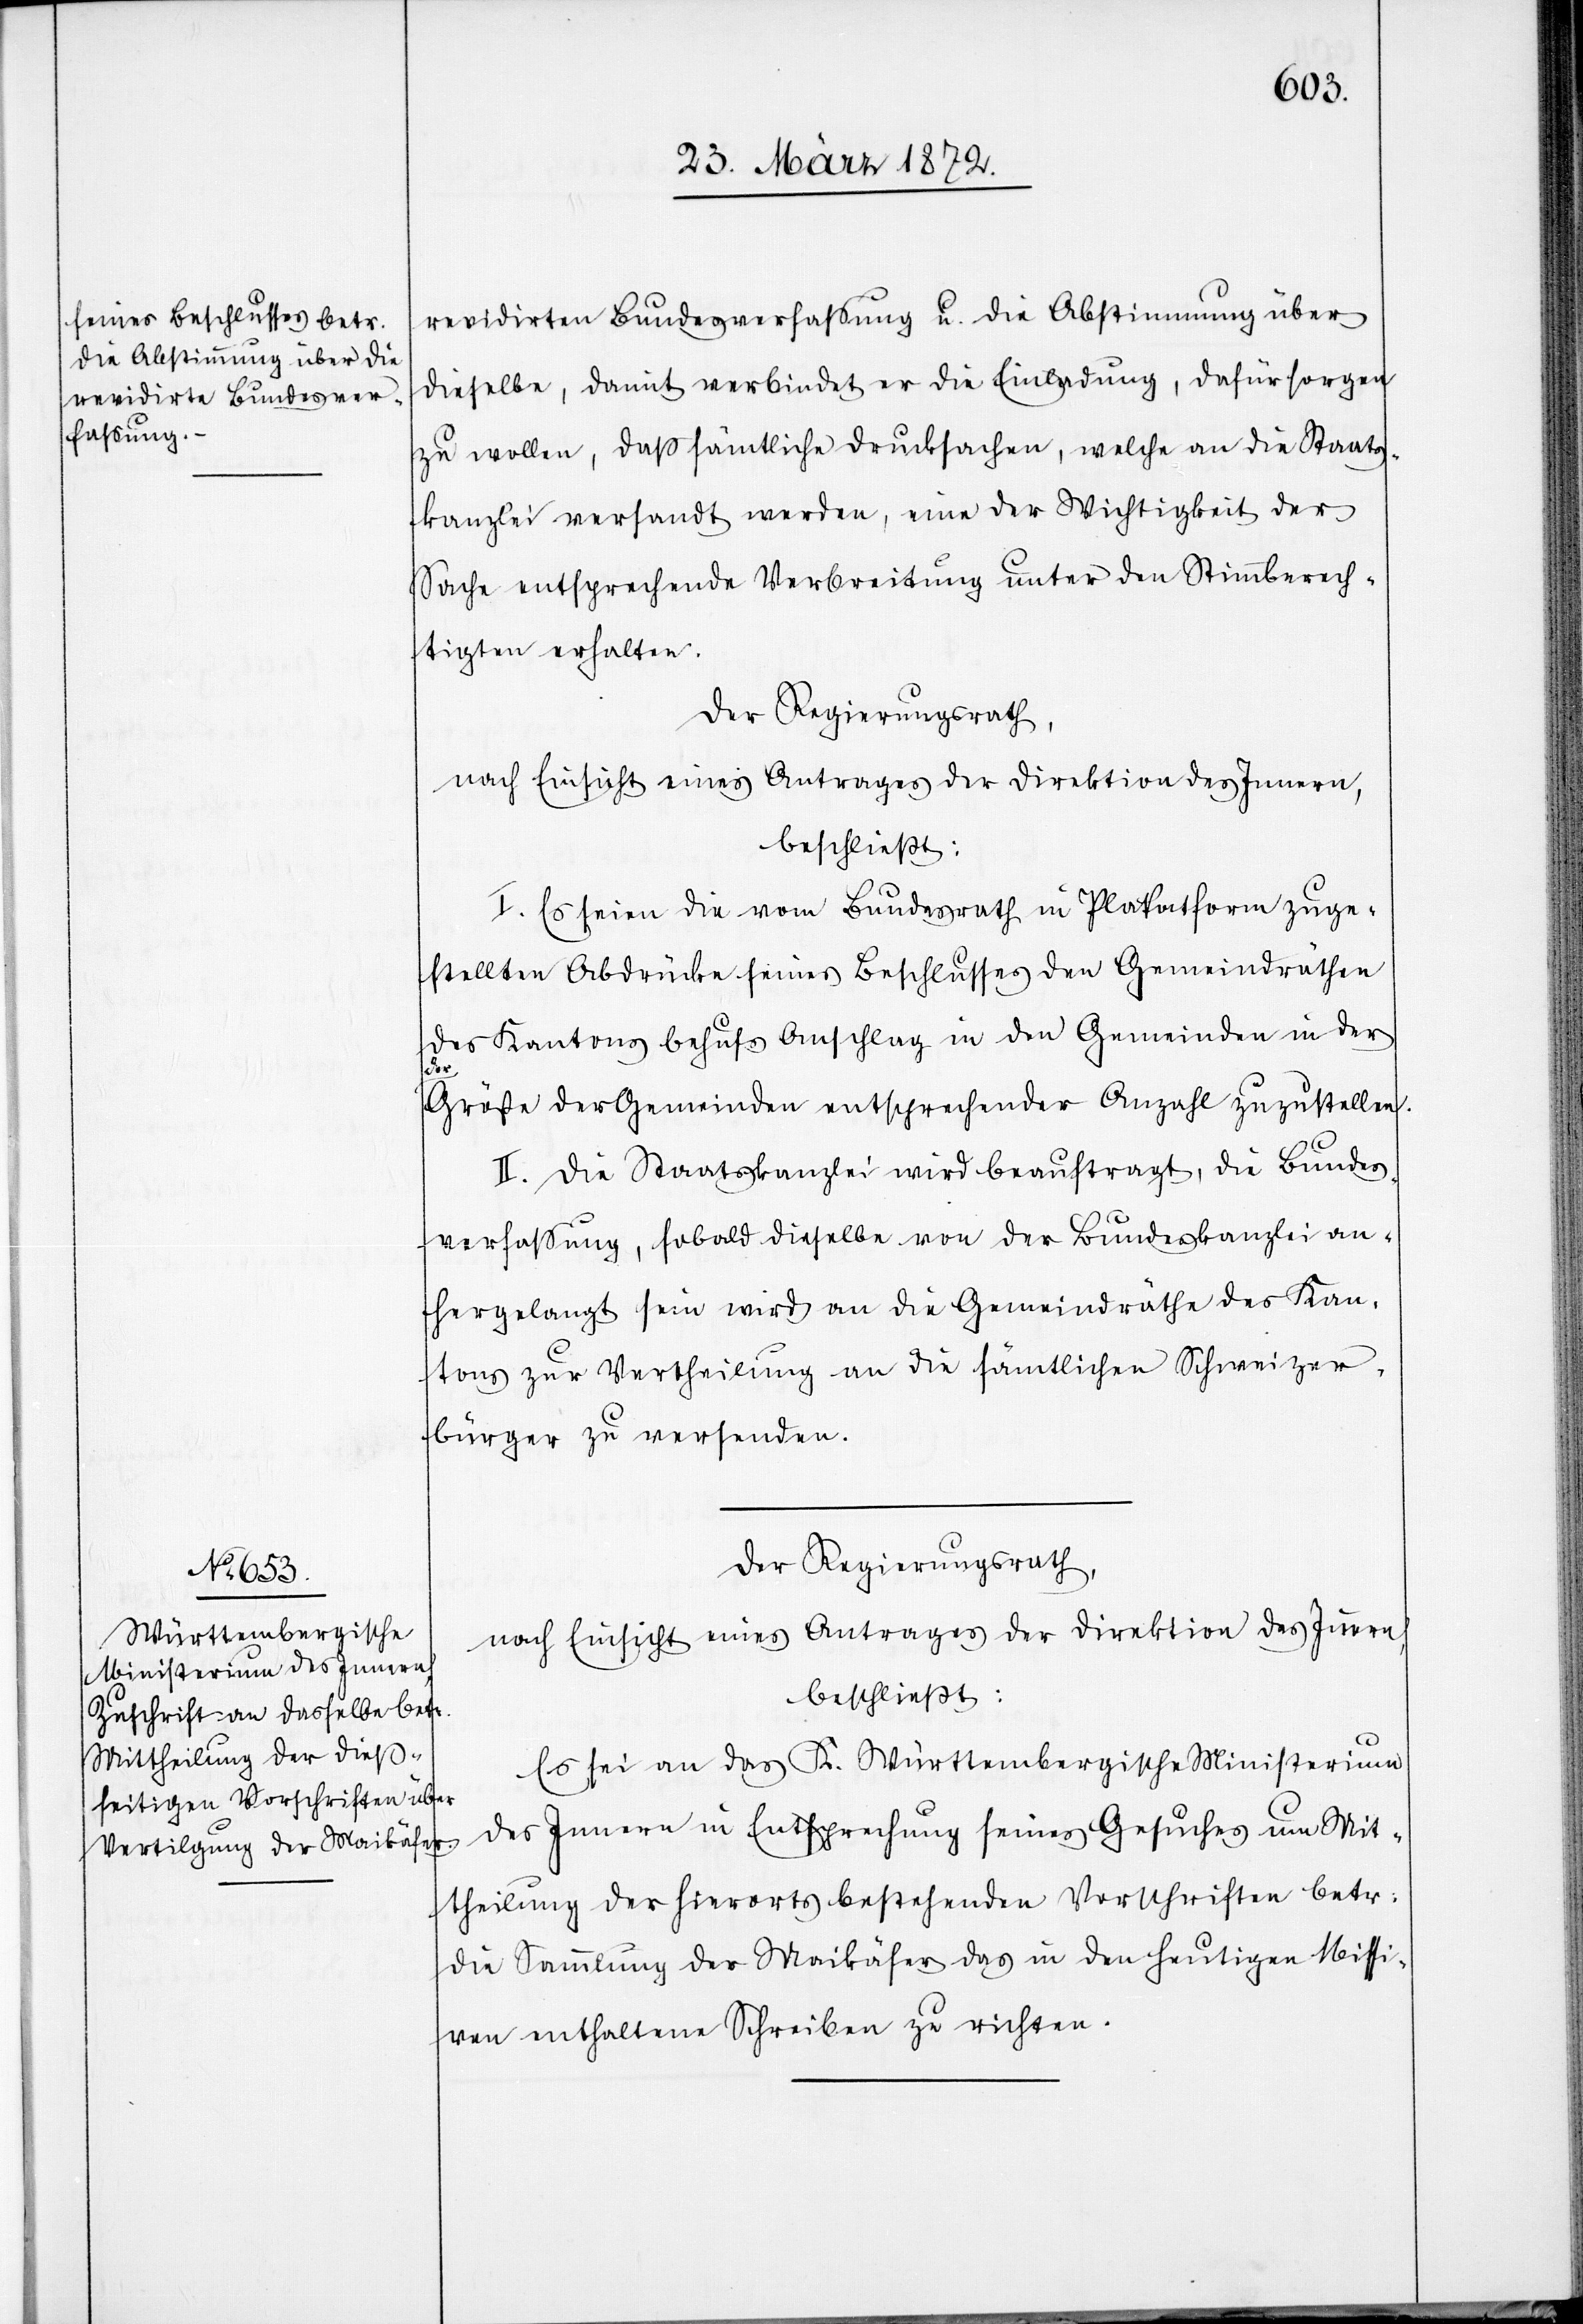
revidirten Bundesverfassung u. die Abstimmung über
dieselbe, damit verbindet er die Einladung, dafür sorgen
zu wollen, daß sämtliche Drucksachen, welche an die Staats¬
kanzlei versandt werden, eine der Wichtigkeit der
Sache entsprechende Verbreitung unter den Stimmberech¬
tigten erhalten.
Der Regierungsrath,
nach Einsicht eines Antrages der Direktion des Innern,
beschließt:
I. Es seien die vom Bundesrath in Plakatform zuge¬
stellten Abdrücke seines Beschlusses den Gemeindräthen
des Kantons behufs Anschlag in den Gemeinden in der
der
Größe der Gemeinden entsprechender Anzahl zuzustellen.
II. Die Staatskanzlei wird beauftragt, die Bundes¬
verfassung, sobald dieselbe von der Bundeskanzlei an¬
hergelangt sein wird an die Gemeindräthe des Kan¬
tons zur Vertheilung an die sämtlichen Schweizer¬
bürger zu versenden.
Es sei an das K. Württembergische Ministerium
des Innern in Entsprechung seines Gesuches um Mit¬
theilung der hierorts bestehenden Vorschriften betr:
die Sammlung der Maikäfer das in den heutigen Missi¬
ven enthaltene Schreiben zu richten.